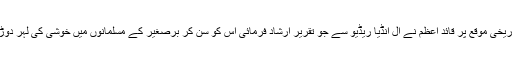
اس تاریخی موقع پر قائد اعظمؒ نے آل انڈیا ریڈیو سے جو تقریر ارشاد فرمائی اس کو سن کر برصغیر کے مسلمانوں میں خوشی کی لہر دوڑ گئی۔